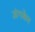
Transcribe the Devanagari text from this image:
अंगकेर